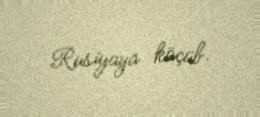
Rusiyaya köçüb.